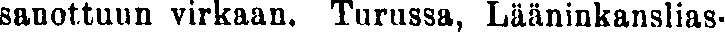
sanottuun virkaan. Turussa, Lääninkanslias-